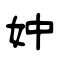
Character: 妕